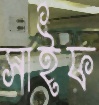
সাইফ